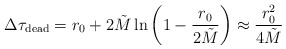
\begin{align*}\Delta\tau_{\rm dead} = r_0 + 2 \tilde{M} \ln \left(1 -\frac{r_0}{2\tilde{M}} \right) \approx \frac{r_0^2}{4\tilde{M}}\end{align*}